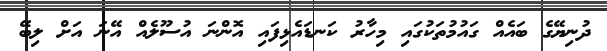
ދުނިޔޭގެ ބައެއް ގައުމުތަކުގައި މިހާރު ކަނޑައެޅިފައި އޮންނަ އުސޫލެއް އޭނަ އަށް ލިބޭ